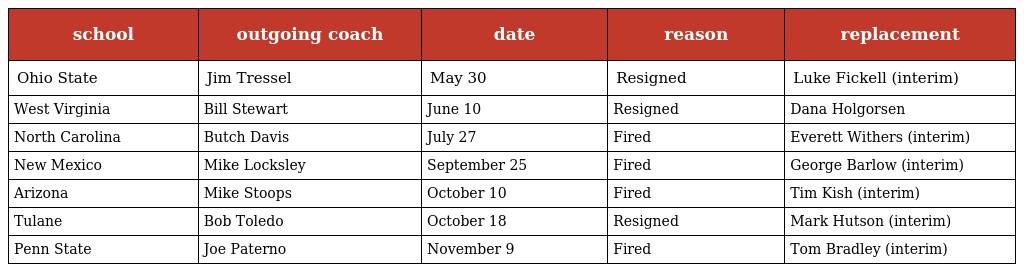
| school | outgoing coach | date | reason | replacement |
 | --- | --- | --- | --- | --- |
 | Ohio State | Jim Tressel | May 30 | Resigned | Luke Fickell (interim) |
 | West Virginia | Bill Stewart | June 10 | Resigned | Dana Holgorsen |
 | North Carolina | Butch Davis | July 27 | Fired | Everett Withers (interim) |
 | New Mexico | Mike Locksley | September 25 | Fired | George Barlow (interim) |
 | Arizona | Mike Stoops | October 10 | Fired | Tim Kish (interim) |
 | Tulane | Bob Toledo | October 18 | Resigned | Mark Hutson (interim) |
 | Penn State | Joe Paterno | November 9 | Fired | Tom Bradley (interim) |